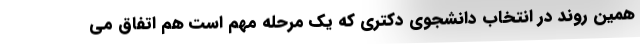
همین روند در انتخاب دانشجوی دکتری که یک مرحله مهم است هم اتفاق می